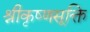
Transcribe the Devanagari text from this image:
श्रीकृष्णसूक्ति